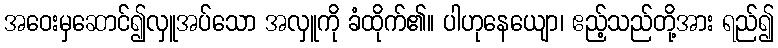
အဝေးမှဆောင်၍လှူအပ်သော အလှူကို ခံထိုက်၏။ ပါဟုနေယျော၊ ဧည့်သည်တို့အား ရည်၍